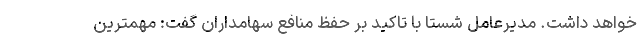
خواهد داشت. مدیرعامل شستا با تاکید بر حفظ منافع سهامداران گفت: مهمترین